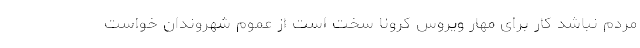
مردم نباشد کار برای مهار ویروس کرونا سخت است از عموم شهروندان خواست